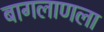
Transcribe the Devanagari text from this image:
बागलाणला